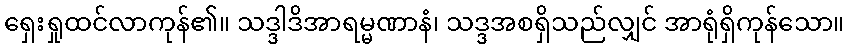
ရှေးရှုထင်လာကုန်၏။ သဒ္ဒါဒိအာရမ္မဏာနံ၊ သဒ္ဒအစရှိသည်လျှင် အာရုံရှိကုန်သော။